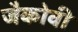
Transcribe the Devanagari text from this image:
जैकोवी